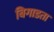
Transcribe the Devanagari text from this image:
बिगाडता